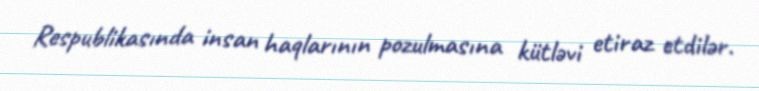
Respublikasında insan haqlarının pozulmasına kütləvi etiraz etdilər.